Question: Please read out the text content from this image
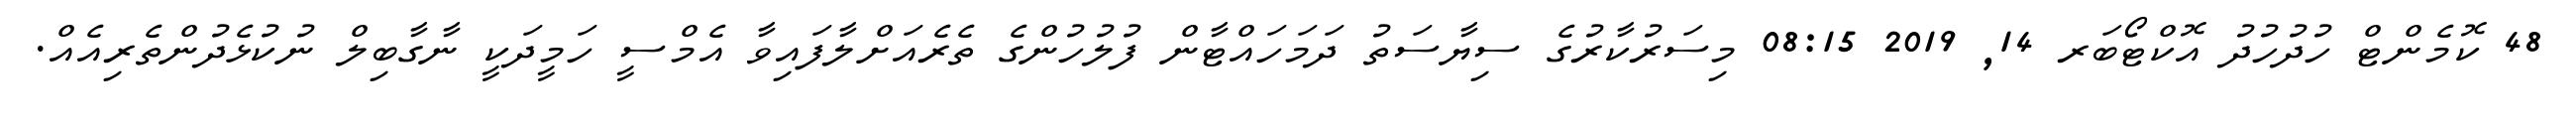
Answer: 48 ކޮމެންޓް ހުދުހުދު އޮކްޓޯބަރ 14, 2019 08:15 މިސަރުކާރުގެ ސިޔާސަތު ދަމަހައްޓާން ފުލުހުންގެ ތެރެއަށްލާފައިވާ އެމްސީ ހަމީދަކީ ނާގާބިލް ނުކުޅެދުންތެރިއެއް.